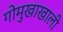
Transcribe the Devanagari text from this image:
गोमुखाखाली